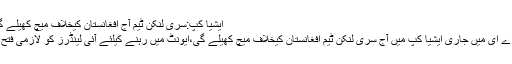
ایشیا کپ:سری لنکن ٹیم آج افغانستان کیخلاف میچ کھیلے گی | مکالمہ
ابوظہبی:یواے ای میں جاری ایشیا کپ میں آج سری لنکن ٹیم افغانستان کیخلاف میچ کھیلے گی،ایونٹ میں رہنے کیلئے آئی لینڈرز کو لازمی فتح درکار ہے۔